Veterinary regulations India, 1939 -
Year: 1939
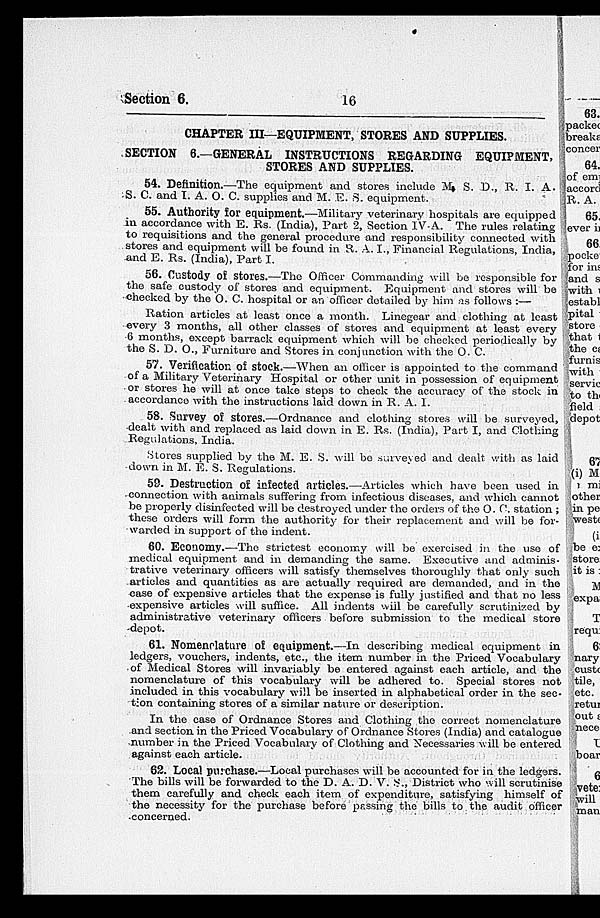
Section 6.
16
CHAPTER III—EQUIPMENT, STORES AND SUPPLIES.
SECTION 6.—GENERAL INSTRUCTIONS REGARDING EQUIPMENT,
STORES AND SUPPLIES.
54. Definition.—The equipment and stores include M. S. D., R. I. A.
S. C. and I. A. O. C. supplies and M. E. S. equipment.
55. Authority for equipment.—Military veterinary hospitals are equipped
in accordance with E. Rs. (India), Part 2, Section IV-A. The rules relating
to requisitions and the general procedure and responsibility connected with
stores and equipment will be found in R. A. I., Financial Regulations, India,
and E. Rs. (India), Part I.
56. Custody of stores.—The Officer Commanding will be responsible for
the safe custody of stores and equipment. Equipment and stores will be
checked by the O. C. hospital or an officer detailed by him as follows :—
Ration articles at least once a month. Linegear and clothing at least
every 3 months, all other classes of stores and equipment at least every
6 months, except barrack equipment which will be checked periodically by
the S. D. O., Furniture and Stores in conjunction with the O. C.
57. Verification of stock.—When an officer is appointed to the command
of a Military Veterinary Hospital or other unit in possession of equipment
or stores he will at once take steps to check the accuracy of the stock in
accordance with the instructions laid down in R. A. I.
58. Survey of stores.—Ordnance and clothing stores will be surveyed,
dealt with and replaced as laid down in E. Rs. (India), Part I, and Clothing
Regulations, India.
Stores supplied by the M. E. S. will be surveyed and dealt with as laid
down in M. E. S. Regulations.
59. Destruction of infected articles.—Articles which have been used in
connection with animals suffering from infectious diseases, and which cannot
be properly disinfected will be destroyed under the orders of the O. C. station ;
these orders will form the authority for their replacement and will be for-
warded in support of the indent.
60. Economy.—The strictest economy will be exercised in the use of
medical equipment and in demanding the same. Executive and adminis-
trative veterinary officers will satisfy themselves thoroughly that only such
articles and quantities as are actually required are demanded, and in the
case of expensive articles that the expense is fully justified and that no less
expensive articles will suffice. All indents will be carefully scrutinized by
administrative veterinary officers before submission to the medical store
depot.
61. Nomenclature of equipment.—In describing medical equipment in
ledgers, vouchers, indents, etc., the item number in the Priced Vocabulary
of Medical Stores will invariably be entered against each article, and the
nomenclature of this vocabulary will be adhered to. Special stores not
included in this vocabulary will be inserted in alphabetical order in the sec-
tion containing stores of a similar nature or description.
In the case of Ordnance Stores and Clothing the correct nomenclature
and section in the Priced Vocabulary of Ordnance Stores (India) and catalogue
number in the Priced Vocabulary of Clothing and Necessaries will be entered
against each article.
62. Local purchase.—Local purchases will be accounted for in the ledgers.
The bills will be forwarded to the D. A. D. V. S., District who will scrutinise
them carefully and check each item of expenditure, satisfying himself of
the necessity for the purchase before passing the bills to the audit officer
concerned.